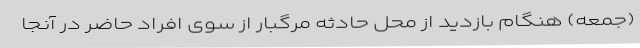
(جمعه) هنگام بازدید از محل حادثه مرگبار از سوی افراد حاضر در آنجا